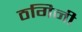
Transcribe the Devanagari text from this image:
ठगिनी